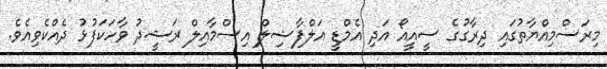
މިރަސްމިއްޔާތުގައި ދިރާގުގެ ސީއީއޯ އަދި އެމްޑީ އަލްފާޟިލް އިސްމާއިލް ރަޝީދު ވާހަކަފުޅު ދެއްކެވިއެވެ.